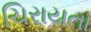
ચિરાયતા